Report on vaccination in Madras 1904-1921 - 1904-1921
Year: 1904
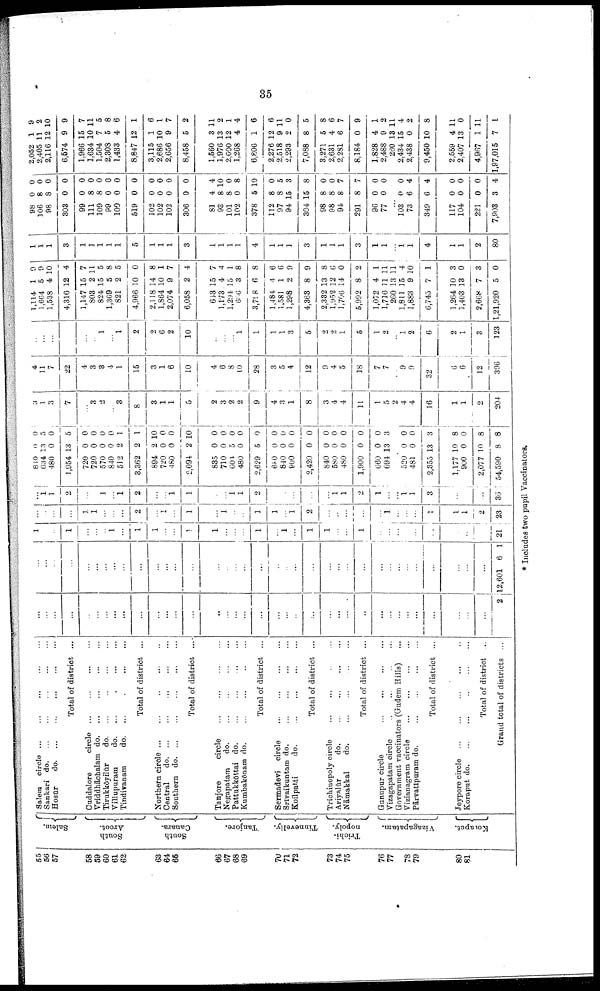
35
55
56
57
58
59
60
61
62
63
64
65
66
67
68
69
70
71
72
73
74
75
76
77
78
79
80
81
Salem.
South
Arcot.
South
Canara.
Tanjore.
Tinnevelly.
Trichi¬
nopoly.
Vizagapatam.
Koraput.
Salem
circle ... ... ... ... ...
Sankari
do.
...
...
...
...
...
Hosur
do. ... ... ... ... ...
Total of district ...
Cuddalore
circle
...
...
...
...
Vriddhāchalam
do.
...
...
...
...
Tirukkōyilūr
do.
...
...
...
...
Villupuram
do. ... ... ... ...
Tindivanam
do.
...
...
...
...
Total of district ...
Northern circle
...
...
...
...
...
Central
do. ... ... ... ... ...
Southern
do.
...
...
...
...
...
Total of district ...
Tanjore
circle
...
...
...
...
Negapatam
do. ... ... ... ...
Pattukkōttai do.
...
...
...
...
Kumhakōnam do.
...
...
...
...
Total of district ...
Sermadevi
circle
...
...
...
...
Srīyaikuntam do.
...
...
...
...
Koilpatti
do.
...
...
...
...
Total of district ...
Trichinopoly circle
...
...
...
...
Ariyalūr
do.
...
...
...
...
Nāmakkal
do.
...
...
...
...
Total of district ...
Gunupur circle
...
...
...
...
Vizagapatam circle
...
...
...
...
Government vaccinators (Gudem Hills) ...
Vizianagram circle
...
...
...
...
Pārvatīpuram do.
...
...
...
...
Total of district ...
Jeypore circle ... ... ... ... ...
Koraput
do.
...
...
...
...
...
Total of district ...
Grand total of districts ...
...
...
...
...
...
...
...
...
...
...
...
...
...
...
...
...
...
...
...
...
...
...
...
...
...
...
...
...
...
...
...
...
...
...
...
...
2
...
...
...
...
...
...
...
...
...
...
...
...
...
...
...
...
...
...
...
...
...
...
...
...
...
...
...
...
...
...
...
...
...
...
...
...
12,601 6 1
1
...
...
1
...
...
...
1
...
1
1
...
...
1
1
...
...
...
1
...
1
...
1
1
...
...
1
...
...
...
...
...
...
...
...
...
21
...
...
...
...
1
1
...
...
...
2
...
1
...
1
...
1
...
...
1
1
...
1
2
...
...
...
...
...
1
...
...
...
1
1
1
2
23
...
1
1
2
...
...
1
...
1
2
...
...
1
1
...
...
1
1
2
...
...
...
...
...
1
1
2
1
...
...
1 1
3
...
...
...
36
840
634
480
1,954
720
720
570
840
512
3,362
894
720
480
2,094
835
710
604
480
2,629
680
840
900
2,420
840
580
480
1,900
660
694
0
13
0
13
0
0
0
0
2
2
2
0
0
2
0
0
5
0
5
0
0
0
0
0
0
0
0
0
13
0
5
0
5
0
0
0
0
1
1
10
0
0
10
0
0
0
0
0
0
0
0
0
0
0
0
0
0
3
...
520
481
2,355
1,177
900
2,077
54,590
0
0
13
10
0
10
8
0
0
3
8
0
8
8
3
1
3
7
...
3
2
...
3
8
3
1
1
5
2
3
2
2
9
4
3
1
8
3
4
4
11
1
5
2
4
4
16
1
1
2
204
4
11
7
22
4
3
3
4
1
15
3
1
6
10
4
6
8
10
28
3
5
4
12
9
4
5
18
7
7
...
9
9
32
6
6
12
396
...
...
...
...
...
1
1
2
2
6
2
10
...
...
...
1
1
1
1
3
5
2
2
1
5
1
2
...
1
2
6
2
1
3
123
1,114
1,664
1,538
4,316
1,147
803
824
1,369
821
4,966
2,118
1,864
2,074
6,058
643
1,173
1,294
686
3,798
1,484
1,581
1,298
4,363
2,332
1,952
1,706
5,992
1,072
1,716
260
1,811
1,883
6,743
1,264
1,403
2,668
1,21,920
1
5
4
12
15
2
15
5
2
10
14
10
9
2
15
4
15
3
6
4
1
2
8
13
12
14
8
4
11
13
15
9
7
10
13
7
5
9
9
10
4
7
11
5
8
5
0
8
1
7
4
7
4
1
8
8
6
6
9
9
8
6
0
2
1
11
11
4
10
1
3
0
3
0
1
1
1
3
1
1
1
1
1
5
1
1
1
3
1
1
1
1
4
1
1
1
3
1
1
1
3
1
1
...
1
1
4
1
1
2
80
98
106
98
303
99
111
109
99
100
519
102
102
102
306
81
93
101
102
378
112
97
94
304
98
98
94
291
96
77
0
8
8
0
0
8
8
0
0
0
0
0
0
0
4
8
8
0
5
8
8
15
15
8
8
8
8
0
0
0
0
0
0
0
0
0
0
0
0
0
0
0
0
4
10
0
8
10
0
5
3
8
0
0
7
7
0
0
...
103
73
349
117
104
221
7,903
0
6
6
0
0
0
3
0
4
4
0
0
0
4
2,052
2,405
2,116
6,574
1,966
1,634
1,504
2,308
1,433
8,847
3,115
2,686
2,656
8,458
1,560
1,976
2,000
1,268
6,806
2,276
2,518
2,293
7,088
3,271
2,631
2,281
8,184
1,828
2,488
260
2,434
2,438
9,450
2,559
2,407
4,967
1,97,015
1
11
12
9
15
10
7
5
4
12
1
10
9
5
3
13
12
4
1
12
9
2
8
5
4
6
0
4
9
13
15
0
10
4
13
1
7
9
2
10
9
7
11
5
8
6
1
6
1
7
2
11
2
1
4
6
6
11
0
5
8
6
7
9
1
2
11
4
2
8
11
0
11
1
* Includes two pupil Vaccinators.